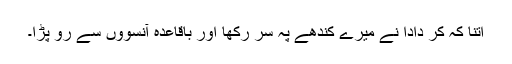
اتنا کہ کر دادا نے میرے کندھے پہ سر رکھا اور باقاعدہ آنسووں سے رو پڑا۔